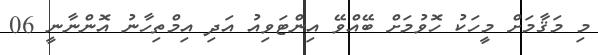
މި މަޤާމަށް މީހަކު ހޮވުމަށް ބޭއްވޭ އިންޓަވިއު އަދި އިމްތިހާނު އޮންނާނީ 06